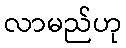
လာမည်ဟု